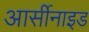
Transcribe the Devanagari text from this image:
आर्सीनाइड